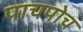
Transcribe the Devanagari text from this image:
पाचपोच